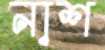
নাশ